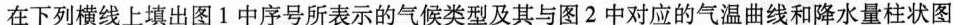
在下列横线上填出图1中序号所表示的气候类型及其与图2中对应的气温曲线和降水量柱状图